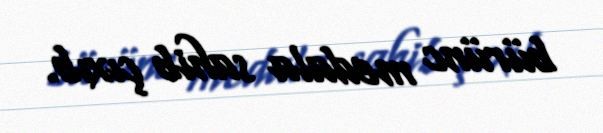
bürünc medala sahib çıxıb.